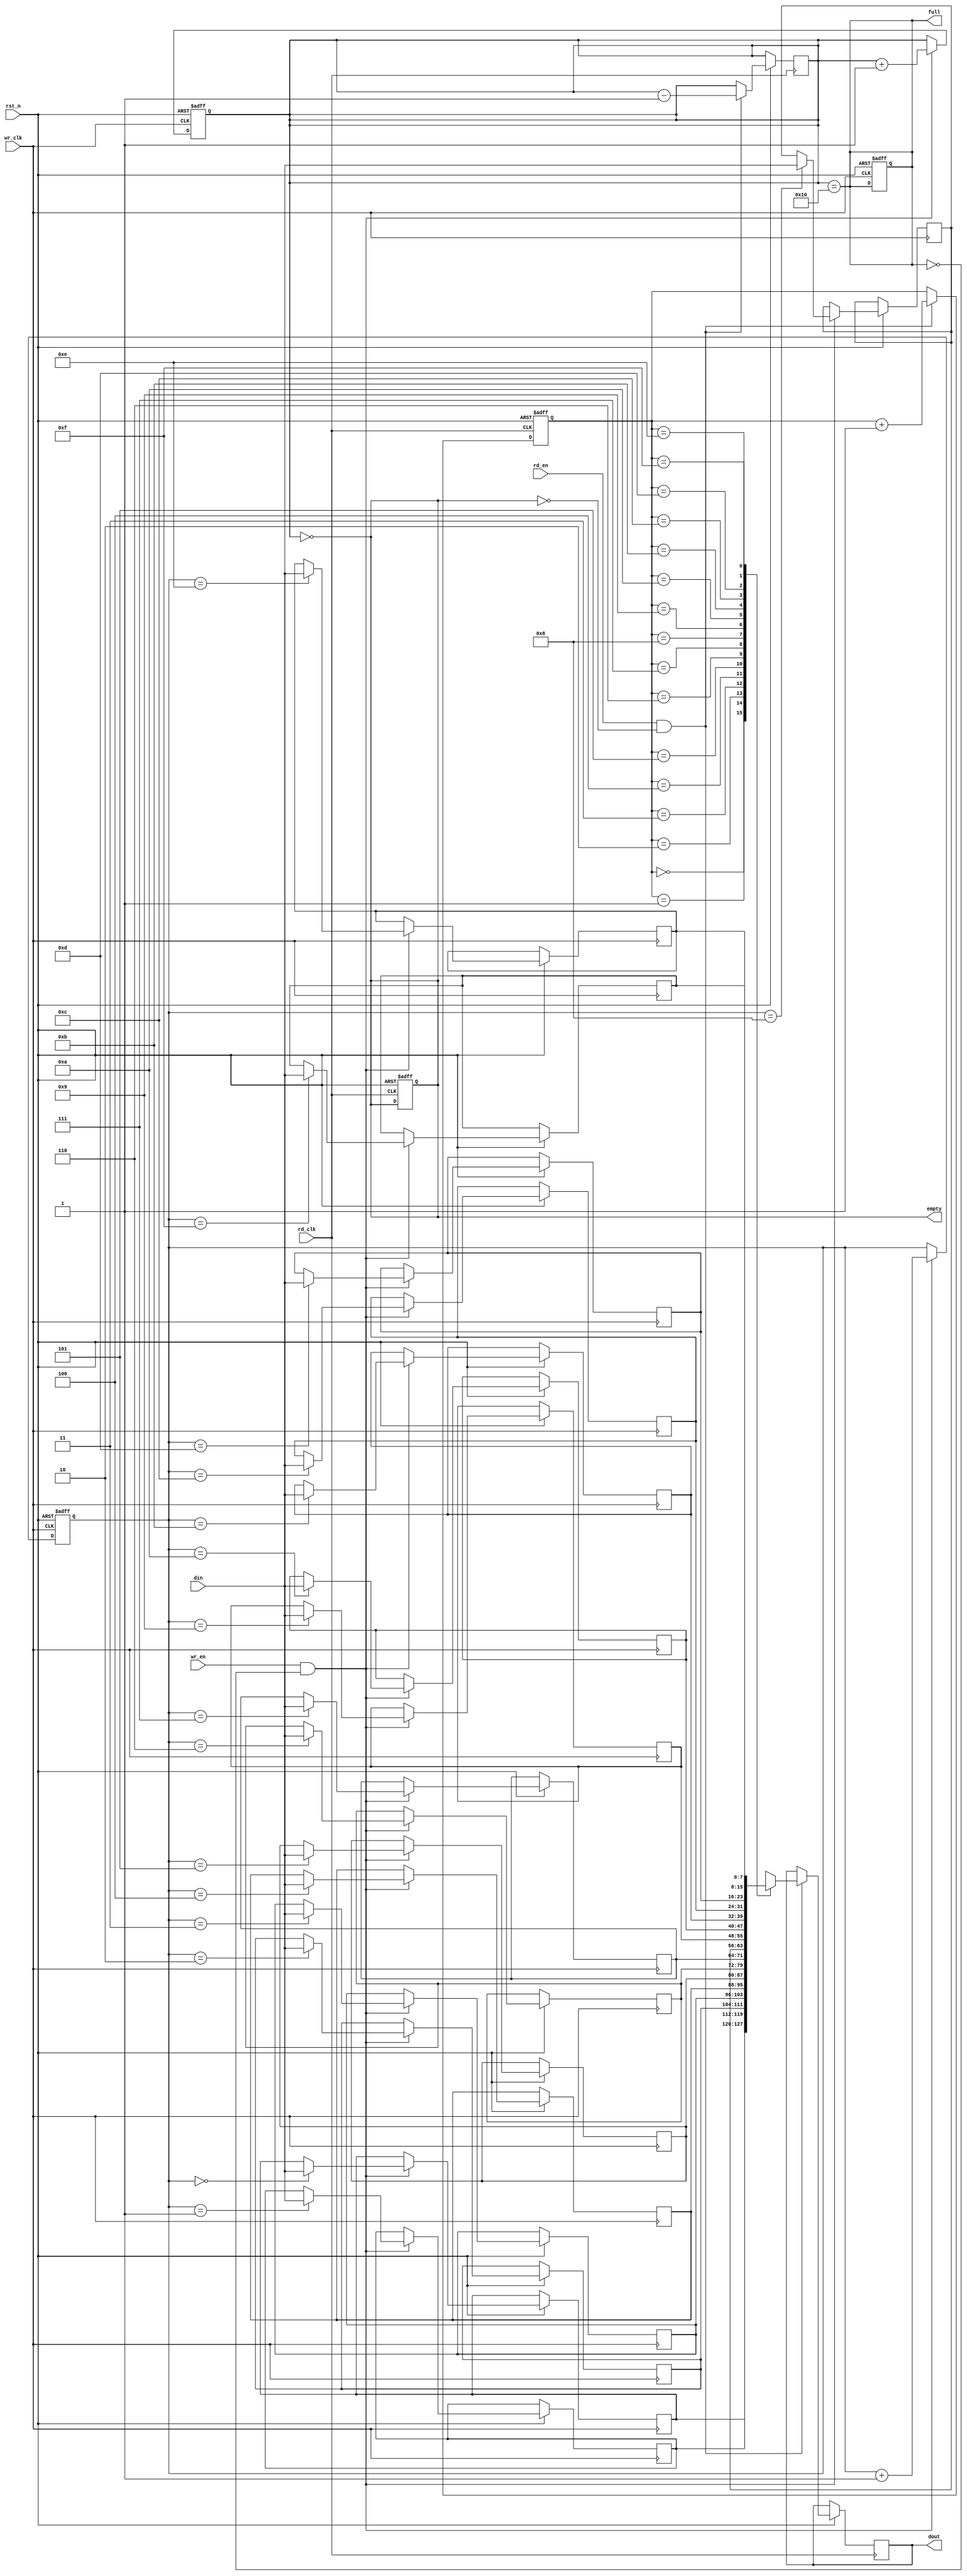
module async_fifo #(
    parameter DATA_WIDTH = 8,   // Width of each data entry
    parameter FIFO_DEPTH = 16    // Depth of the FIFO (must be a power of 2)
)(
    input wire wr_clk,           // Write clock
    input wire rd_clk,           // Read clock
    input wire rst_n,            // Asynchronous reset (active low)
    input wire wr_en,            // Write enable
    input wire rd_en,            // Read enable
    input wire [DATA_WIDTH-1:0] din, // Data input
    output reg [DATA_WIDTH-1:0] dout, // Data output
    output reg full,             // FIFO full flag
    output reg empty             // FIFO empty flag
);

    // Internal signals
    reg [DATA_WIDTH-1:0] fifo_mem [0:FIFO_DEPTH-1]; // FIFO memory
    reg [clog2(FIFO_DEPTH)-1:0] wr_ptr;             // Write pointer
    reg [clog2(FIFO_DEPTH)-1:0] rd_ptr;             // Read pointer
    reg [clog2(FIFO_DEPTH)-1:0] wr_ptr_sync;        // Synchronized write pointer
    reg [clog2(FIFO_DEPTH)-1:0] rd_ptr_sync;        // Synchronized read pointer
    reg [clog2(FIFO_DEPTH):0] fifo_count;            // FIFO count

    // Function to calculate log2
    function integer clog2;
        input integer value;
        begin
            value = value - 1;
            for (clog2 = 0; value > 0; clog2 = clog2 + 1)
                value = value >> 1;
        end
    endfunction

    // Asynchronous reset
    always @(posedge wr_clk or negedge rst_n) begin
        if (!rst_n) begin
            wr_ptr <= 0;
            fifo_count <= 0;
            full <= 0;
        end else if (wr_en && !full) begin
            fifo_mem[wr_ptr] <= din;
            wr_ptr <= wr_ptr + 1;
            fifo_count <= fifo_count + 1;
        end
    end

    // Asynchronous reset for read pointer
    always @(posedge rd_clk or negedge rst_n) begin
        if (!rst_n) begin
            rd_ptr <= 0;
            empty <= 1;
        end else if (rd_en && !empty) begin
            dout <= fifo_mem[rd_ptr];
            rd_ptr <= rd_ptr + 1;
            fifo_count <= fifo_count - 1;
        end
    end

    // Full and empty flag logic
    always @(*) begin
        full = (fifo_count == FIFO_DEPTH);
        empty = (fifo_count == 0);
    end

    // Synchronize write pointer to read clock domain
    always @(posedge rd_clk or negedge rst_n) begin
        if (!rst_n) begin
            wr_ptr_sync <= 0;
        end else begin
            wr_ptr_sync <= wr_ptr;
        end
    end

    // Synchronize read pointer to write clock domain
    always @(posedge wr_clk or negedge rst_n) begin
        if (!rst_n) begin
            rd_ptr_sync <= 0;
        end else begin
            rd_ptr_sync <= rd_ptr;
        end
    end

endmodule